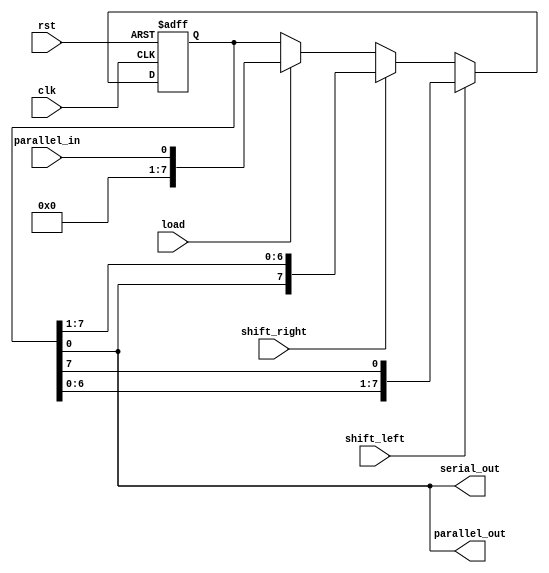
module universal_shift_register (
    input wire clk,
    input wire rst,
    input wire shift_left,
    input wire shift_right,
    input wire load,
    input wire parallel_in,
    output wire parallel_out,
    output wire serial_out
);

reg [7:0] shift_reg;

always @(posedge clk or posedge rst) begin
    if (rst) begin
        shift_reg <= 8'b00000000;
    end else begin
        if (shift_left) begin
            shift_reg <= {shift_reg[6:0], shift_reg[7]};
        end else if (shift_right) begin
            shift_reg <= {shift_reg[0], shift_reg[7:1]};
        end else if (load) begin
            shift_reg <= parallel_in;
        end
    end
end

assign parallel_out = shift_reg;
assign serial_out = shift_reg[0];

endmodule